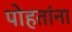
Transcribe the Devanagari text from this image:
पोहतांना